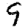
Digit: 9